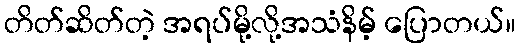
တိတ်ဆိတ်တဲ့ အရပ်မို့လို့အသံနိမ့် ပြောတယ်။